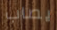
يصاب